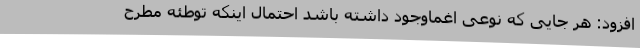
افزود: هر جایی که نوعی اغماوجود داشته باشد احتمال اینکه توطئه مطرح